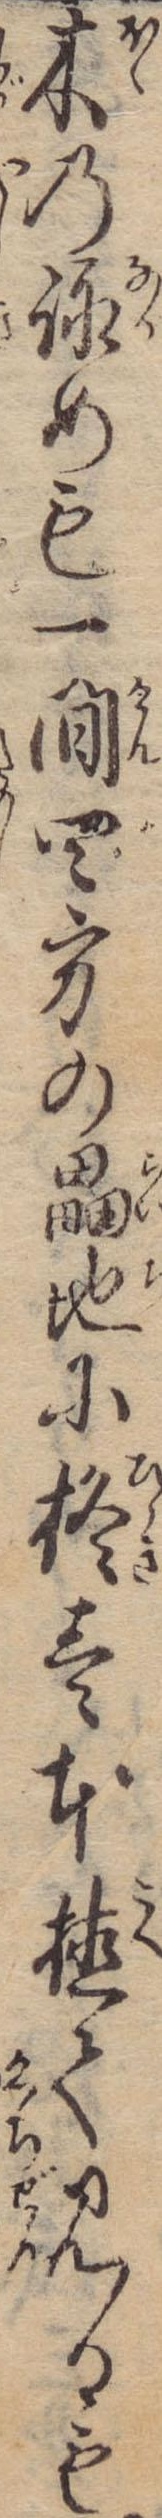
木の詠めも一間四方の畾地に柊壱本植て見るも